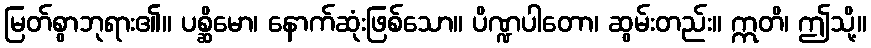
မြတ်စွာဘုရား၏။ ပစ္ဆိမော၊ နောက်ဆုံးဖြစ်သော။ ပိဏ္ဍပါတော၊ ဆွမ်းတည်း။ ဣတိ၊ ဤသို့။